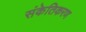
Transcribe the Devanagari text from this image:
संकेतिकरण